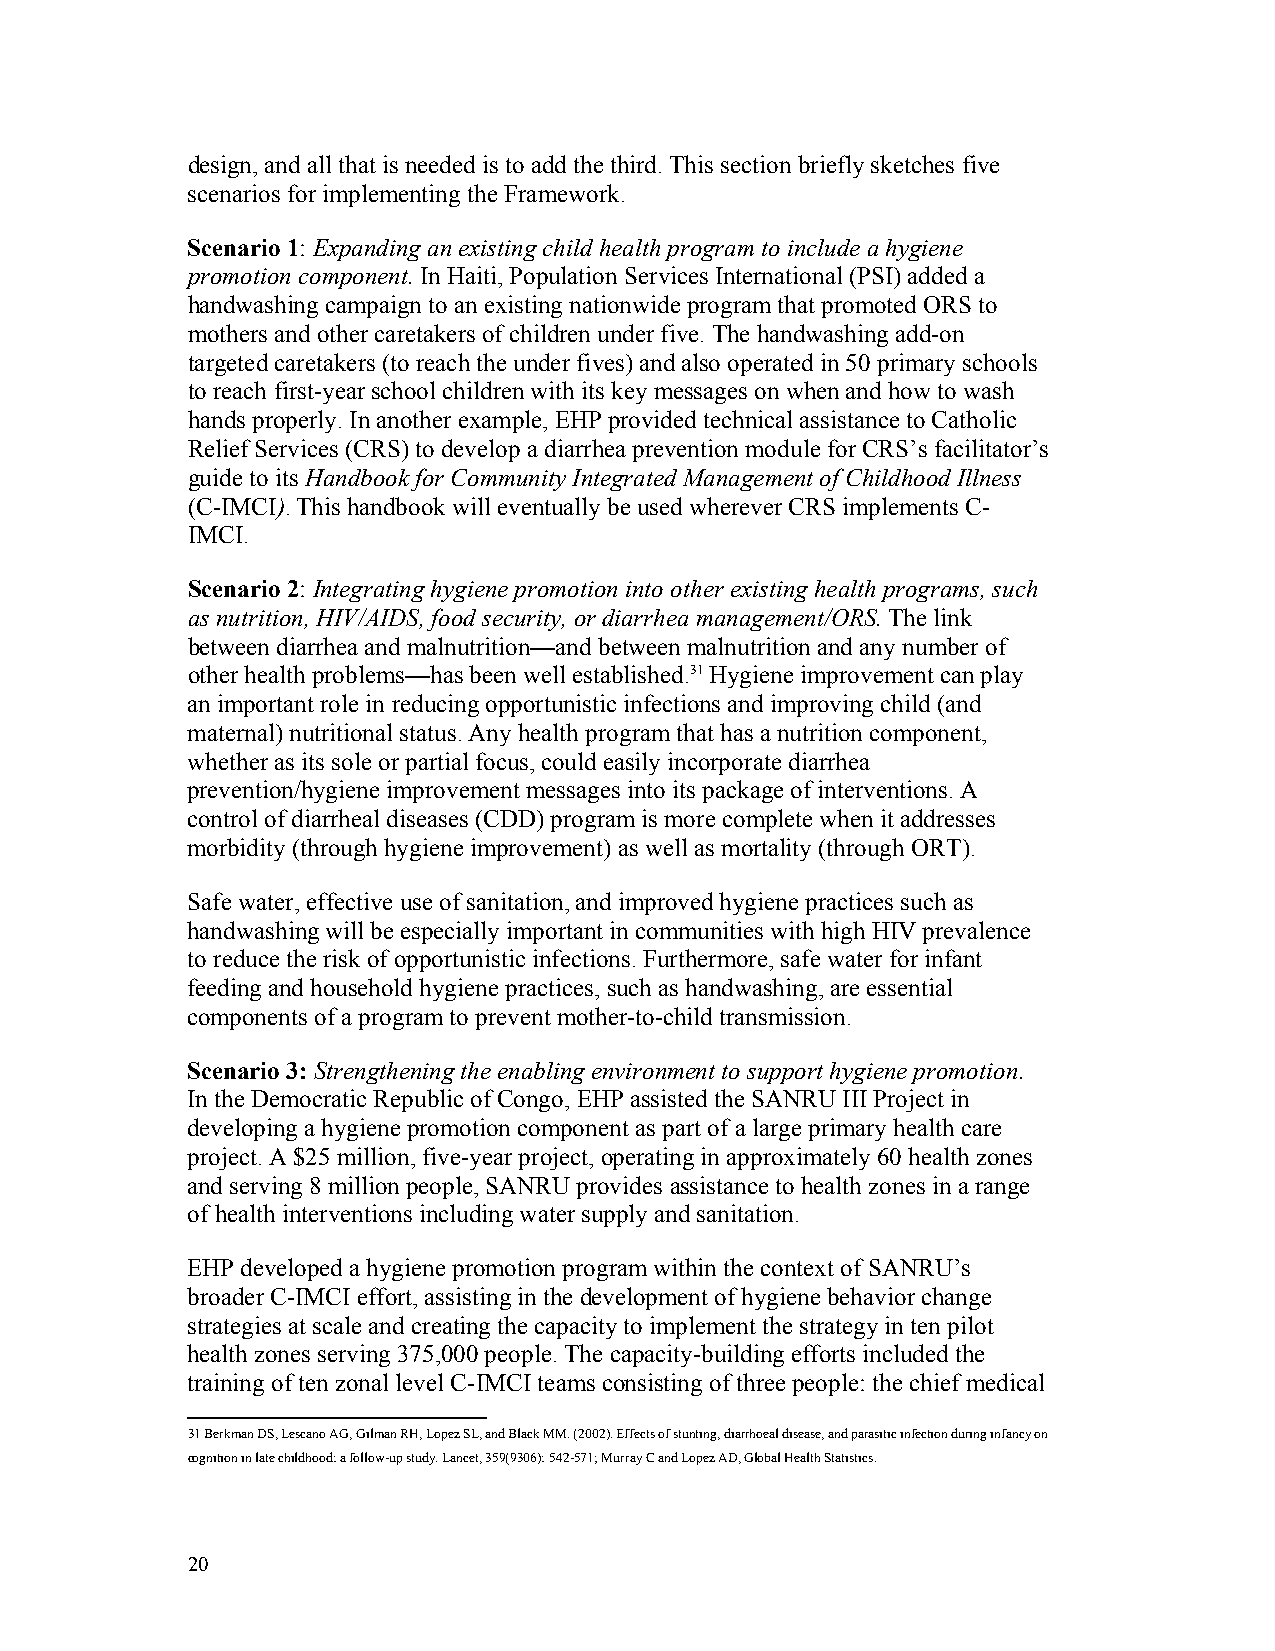
design, and all that is needed is to add the third. This section briefly sketches five
 scenarios for implementing the Framework.
 Scenario 1: Expanding an existing child health program to include a hygiene
 promotion component. In Haiti, Population Services International (PSI) added a
 handwashing campaign to an existing nationwide program that promoted ORS to
 mothers and other caretakers of children under five. The handwashing add-on
 targeted caretakers (to reach the under fives) and also operated in 50 primary schools
 to reach first-year school children with its key messages on when and how to wash
 hands properly. In another example, EHP provided technical assistance to Catholic
 Relief Services (CRS) to develop a diarrhea prevention module for CRS’s facilitator’s
 guide to its Handbook for Community Integrated Management of Childhood Illness
 (C-IMCI). This handbook will eventually be used wherever CRS implements C-
 IMCI.
 Scenario 2: Integrating hygiene promotion into other existing health programs, such
 as nutrition, HIV/AIDS, food security, or diarrhea management/ORS. The link
 between diarrhea and malnutrition—and between malnutrition and any number of
 other health problems—has been well established.31 Hygiene improvement can play
 an important role in reducing opportunistic infections and improving child (and
 maternal) nutritional status. Any health program that has a nutrition component,
 whether as its sole or partial focus, could easily incorporate diarrhea
 prevention/hygiene improvement messages into its package of interventions. A
 control of diarrheal diseases (CDD) program is more complete when it addresses
 morbidity (through hygiene improvement) as well as mortality (through ORT).
 Safe water, effective use of sanitation, and improved hygiene practices such as
 handwashing will be especially important in communities with high HIV prevalence
 to reduce the risk of opportunistic infections. Furthermore, safe water for infant
 feeding and household hygiene practices, such as handwashing, are essential
 components of a program to prevent mother-to-child transmission.
 Scenario 3: Strengthening the enabling environment to support hygiene promotion.
 In the Democratic Republic of Congo, EHP assisted the SANRU III Project in
 developing a hygiene promotion component as part of a large primary health care
 project. A $25 million, five-year project, operating in approximately 60 health zones
 and serving 8 million people, SANRU provides assistance to health zones in a range
 of health interventions including water supply and sanitation.
 EHP developed a hygiene promotion program within the context of SANRU’s
 broader C-IMCI effort, assisting in the development of hygiene behavior change
 strategies at scale and creating the capacity to implement the strategy in ten pilot
 health zones serving 375,000 people. The capacity-building efforts included the
 training of ten zonal level C-IMCI teams consisting of three people: the chief medical
 31 Berkman DS, Lescano AG, Gilman RH, Lopez SL, and Black MM. (2002). Effects of stunting, diarrhoeal disease, and parasitic infection during infancy on
 cognition in late childhood: a follow-up study. Lancet, 359(9306): 542-571; Murray C and Lopez AD, Global Health Statistics.
 20